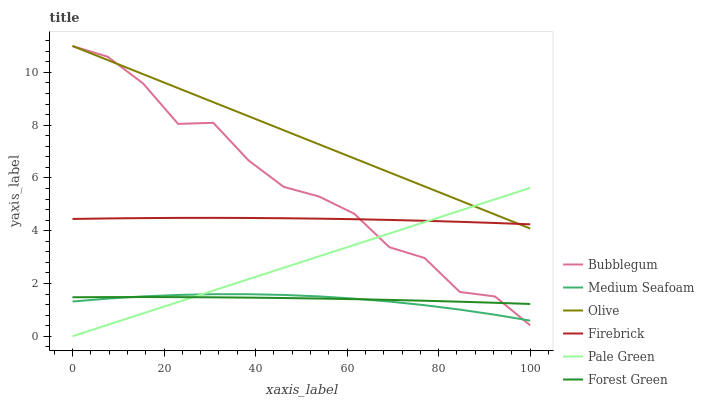
| xaxis_label | Bubblegum | Medium Seafoam | Olive | Firebrick | Pale Green | Forest Green |
 | --- | --- | --- | --- | --- | --- | --- |
 | 0 | 11 | 1.32 | 11 | 4.45 | 0 | 1.48 |
 | 7.69 | 10.6 | 1.43 | 10.5 | 4.47 | 0.433 | 1.48 |
 | 15.4 | 9.59 | 1.51 | 9.94 | 4.48 | 0.865 | 1.48 |
 | 23.1 | 8.05 | 1.57 | 9.4 | 4.49 | 1.3 | 1.48 |
 | 30.8 | 8.09 | 1.59 | 8.87 | 4.49 | 1.73 | 1.48 |
 | 38.5 | 6.66 | 1.59 | 8.34 | 4.48 | 2.16 | 1.46 |
 | 46.2 | 5.66 | 1.57 | 7.81 | 4.47 | 2.6 | 1.45 |
 | 53.8 | 5.3 | 1.51 | 7.27 | 4.46 | 3.03 | 1.43 |
 | 61.5 | 4.65 | 1.43 | 6.74 | 4.44 | 3.46 | 1.41 |
 | 69.2 | 3.37 | 1.32 | 6.21 | 4.41 | 3.89 | 1.38 |
 | 76.9 | 2.97 | 1.18 | 5.68 | 4.38 | 4.33 | 1.35 |
 | 84.6 | 1.68 | 1.01 | 5.15 | 4.34 | 4.76 | 1.31 |
 | 92.3 | 1.51 | 0.815 | 4.61 | 4.29 | 5.19 | 1.27 |
 | 100 | 0.414 | 0.593 | 4.08 | 4.24 | 5.62 | 1.22 |